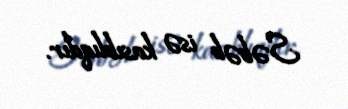
Səbəb isə kasıblıqdır.